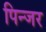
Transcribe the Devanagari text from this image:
पिन्जर